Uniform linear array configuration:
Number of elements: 16
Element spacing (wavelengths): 0.25
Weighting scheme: hann
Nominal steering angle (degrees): -15
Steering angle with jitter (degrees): -14.582
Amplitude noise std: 0.05
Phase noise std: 0.05

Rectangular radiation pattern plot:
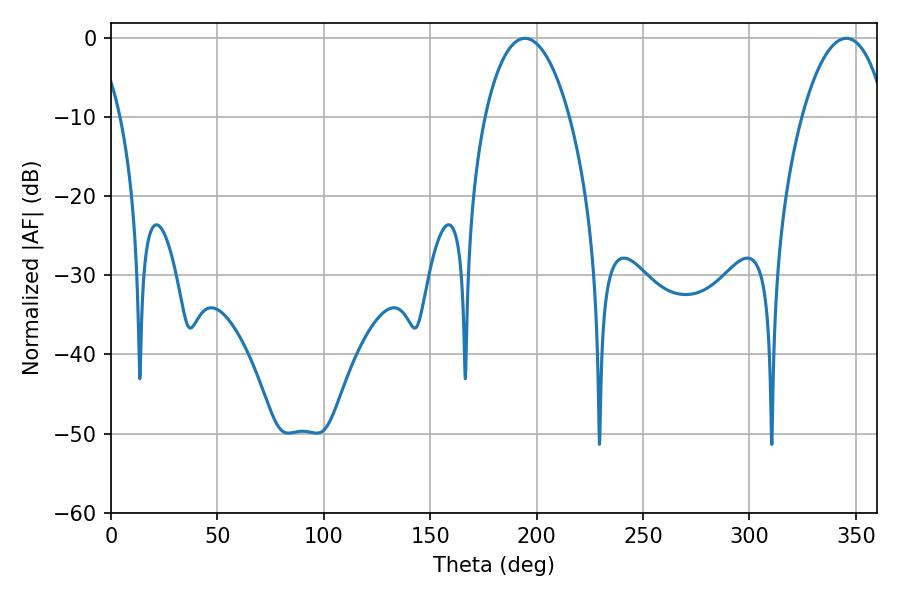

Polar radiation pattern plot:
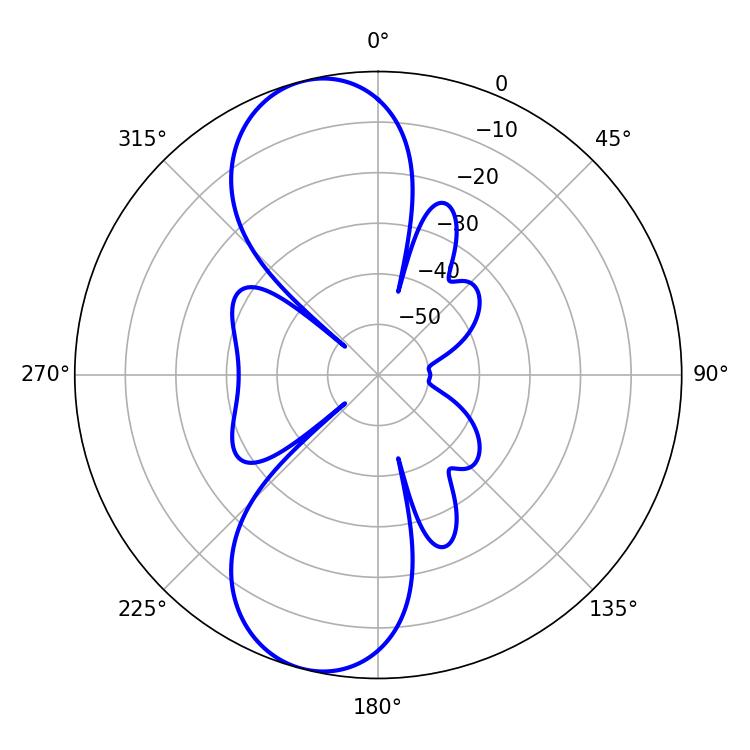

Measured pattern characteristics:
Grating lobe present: FALSE
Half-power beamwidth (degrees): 22.32
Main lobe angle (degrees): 194.58